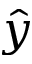
\hat { y }